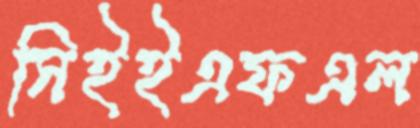
সিইইএফএল